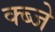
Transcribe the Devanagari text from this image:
क्ब्जे